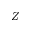
Z